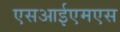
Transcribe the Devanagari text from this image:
एसआईएमएस